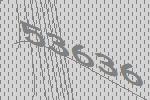
53636